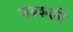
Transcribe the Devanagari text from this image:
उग्रशक्ती